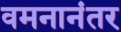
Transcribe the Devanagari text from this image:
वमनानंतर